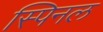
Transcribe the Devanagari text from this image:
स्पिनल